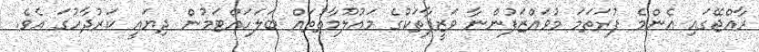
ރާއްޖޭގައި އެންމެ ފުރަތަމަ މުވައްޒަފުންނާ ވަޒީފާތަކުގެ މައުލޫމާތުތައް ބަލަަހައްޓަމުން ދިޔައީ ކަރުދާހުގަ އެވެ.